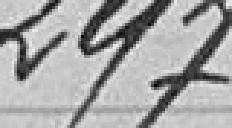
297